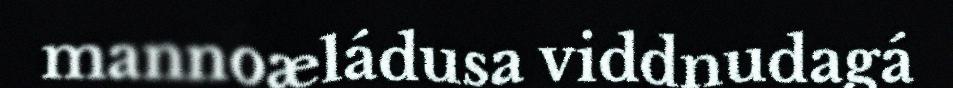
mannoæládusa viddnudagá